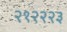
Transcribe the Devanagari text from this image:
२१२२२३